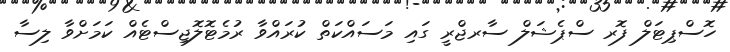
ހޮސްޕިޓަލް ފޮރ ސްޕެޝަލް ސާރޖްރީ ގައި މަސައްކަތް ކުރައްވާ ރުމެޓޮލޮޖިސްޓެއް ކަމަށްވާ ލިސާ